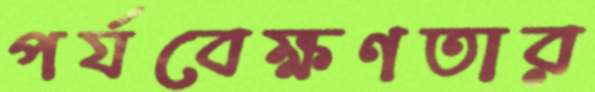
পর্যবেক্ষণতার